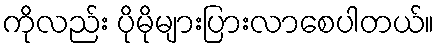
ကိုလည်း ပိုမိုများပြားလာစေပါတယ်။